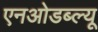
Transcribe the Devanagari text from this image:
एनओडब्ल्यू